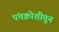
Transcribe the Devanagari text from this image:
पंचक्रोशीतून